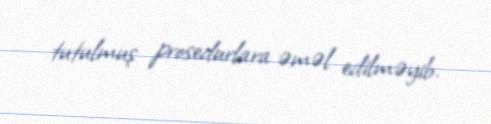
tutulmuş prosedurlara əməl edilməyib.